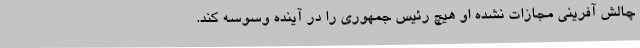
چالش آفرینی مجازات نشده او هیچ رئیس جمهوری را در آینده وسوسه کند.